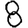
Digit: 8